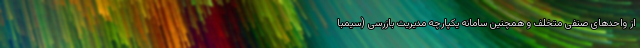
از واحد‌های صنفی متخلف و همچنین سامانه یکپارچه مدیریت بازرسی (سیمبا